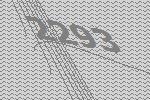
2293